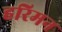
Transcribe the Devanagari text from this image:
हरिमन